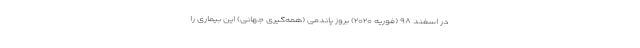
در اسفند ۹۸ (فوریه ۲۰۲۰) بروز پاندمی (همه‌گیری جهانی) این بیماری را